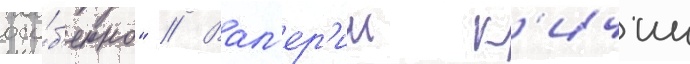
осо́б'енно" // Вал'ер'ии к'ичин